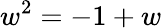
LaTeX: w^{2}=-1+w